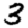
Digit: 3